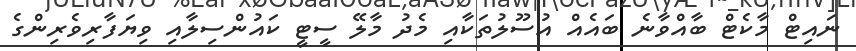
ނައިޓް މާކެޓް ބާއްވާނެ ބައެއް އުސޫލުތަކާއި މެދު މާލޭ ސީޓީ ކައުންސިލާއި ވިޔަފާރިވެރިންގެ